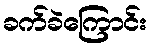
ခက်ခဲကြောင်း